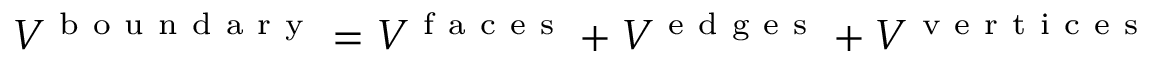
V ^ { \mathrm { ~ b ~ o ~ u ~ n ~ d ~ a ~ r ~ y ~ } } = V ^ { \mathrm { ~ f ~ a ~ c ~ e ~ s ~ } } + V ^ { \mathrm { ~ e ~ d ~ g ~ e ~ s ~ } } + V ^ { \mathrm { ~ v ~ e ~ r ~ t ~ i ~ c ~ e ~ s ~ } }